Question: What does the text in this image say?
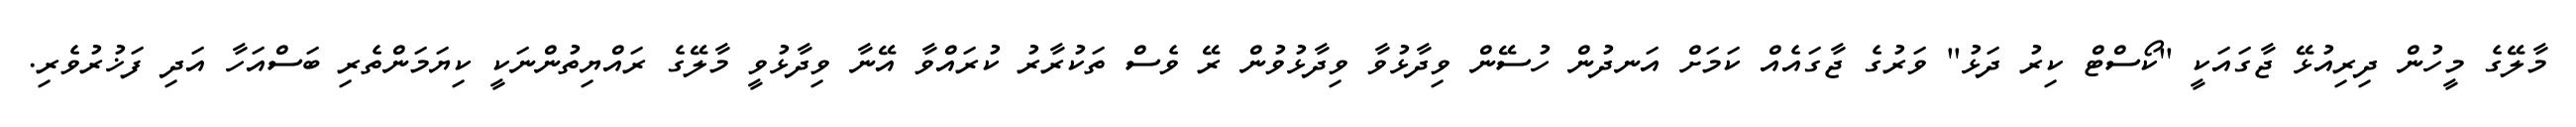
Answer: މާލޭގެ މީހުން ދިރިއުޅޭ ޖާގައަކީ ''ކޯސްޓް ކިރު ދަޅު'' ވަރުގެ ޖާގައެއް ކަމަށް އަނދުން ހުސޭން ވިދާޅުވާ ވިދާޅުވުން ރޭ ވެސް ތަކުރާރު ކުރައްވާ އޭނާ ވިދާޅުވީ މާލޭގެ ރައްޔިތުންނަކީ ކިޔަމަންތެރި ބަސްއަހާ އަދި ފަޚުރުވެރި.